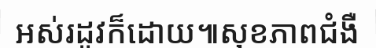
អស់រដូវក៏ដោយ៕សុខភាពជំងឺ